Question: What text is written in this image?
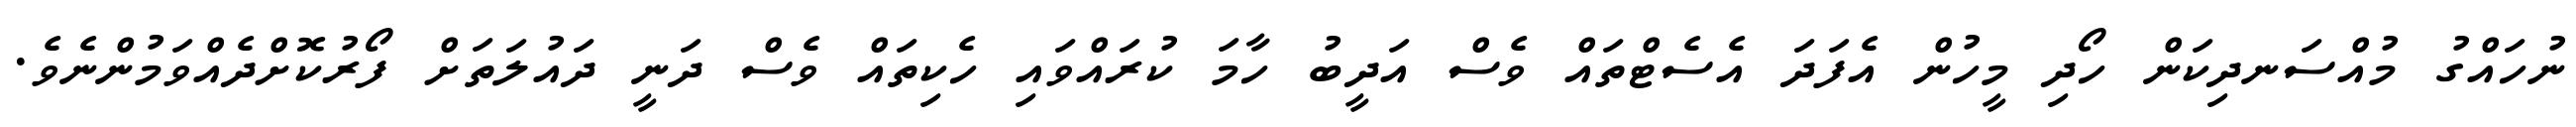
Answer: ނުހައްގު މުއްސަނދިކަން ހޯދި މީހުން އެފަދަ އެސެޓްތައް ވެސް އަދީބު ހާމަ ކުރައްވައި ހެކިތައް ވެސް ދަނީ ދައުލަތަށް ފޯރުކޮށްދެއްވަމުންނެވެ.